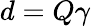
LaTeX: d=Q\gamma